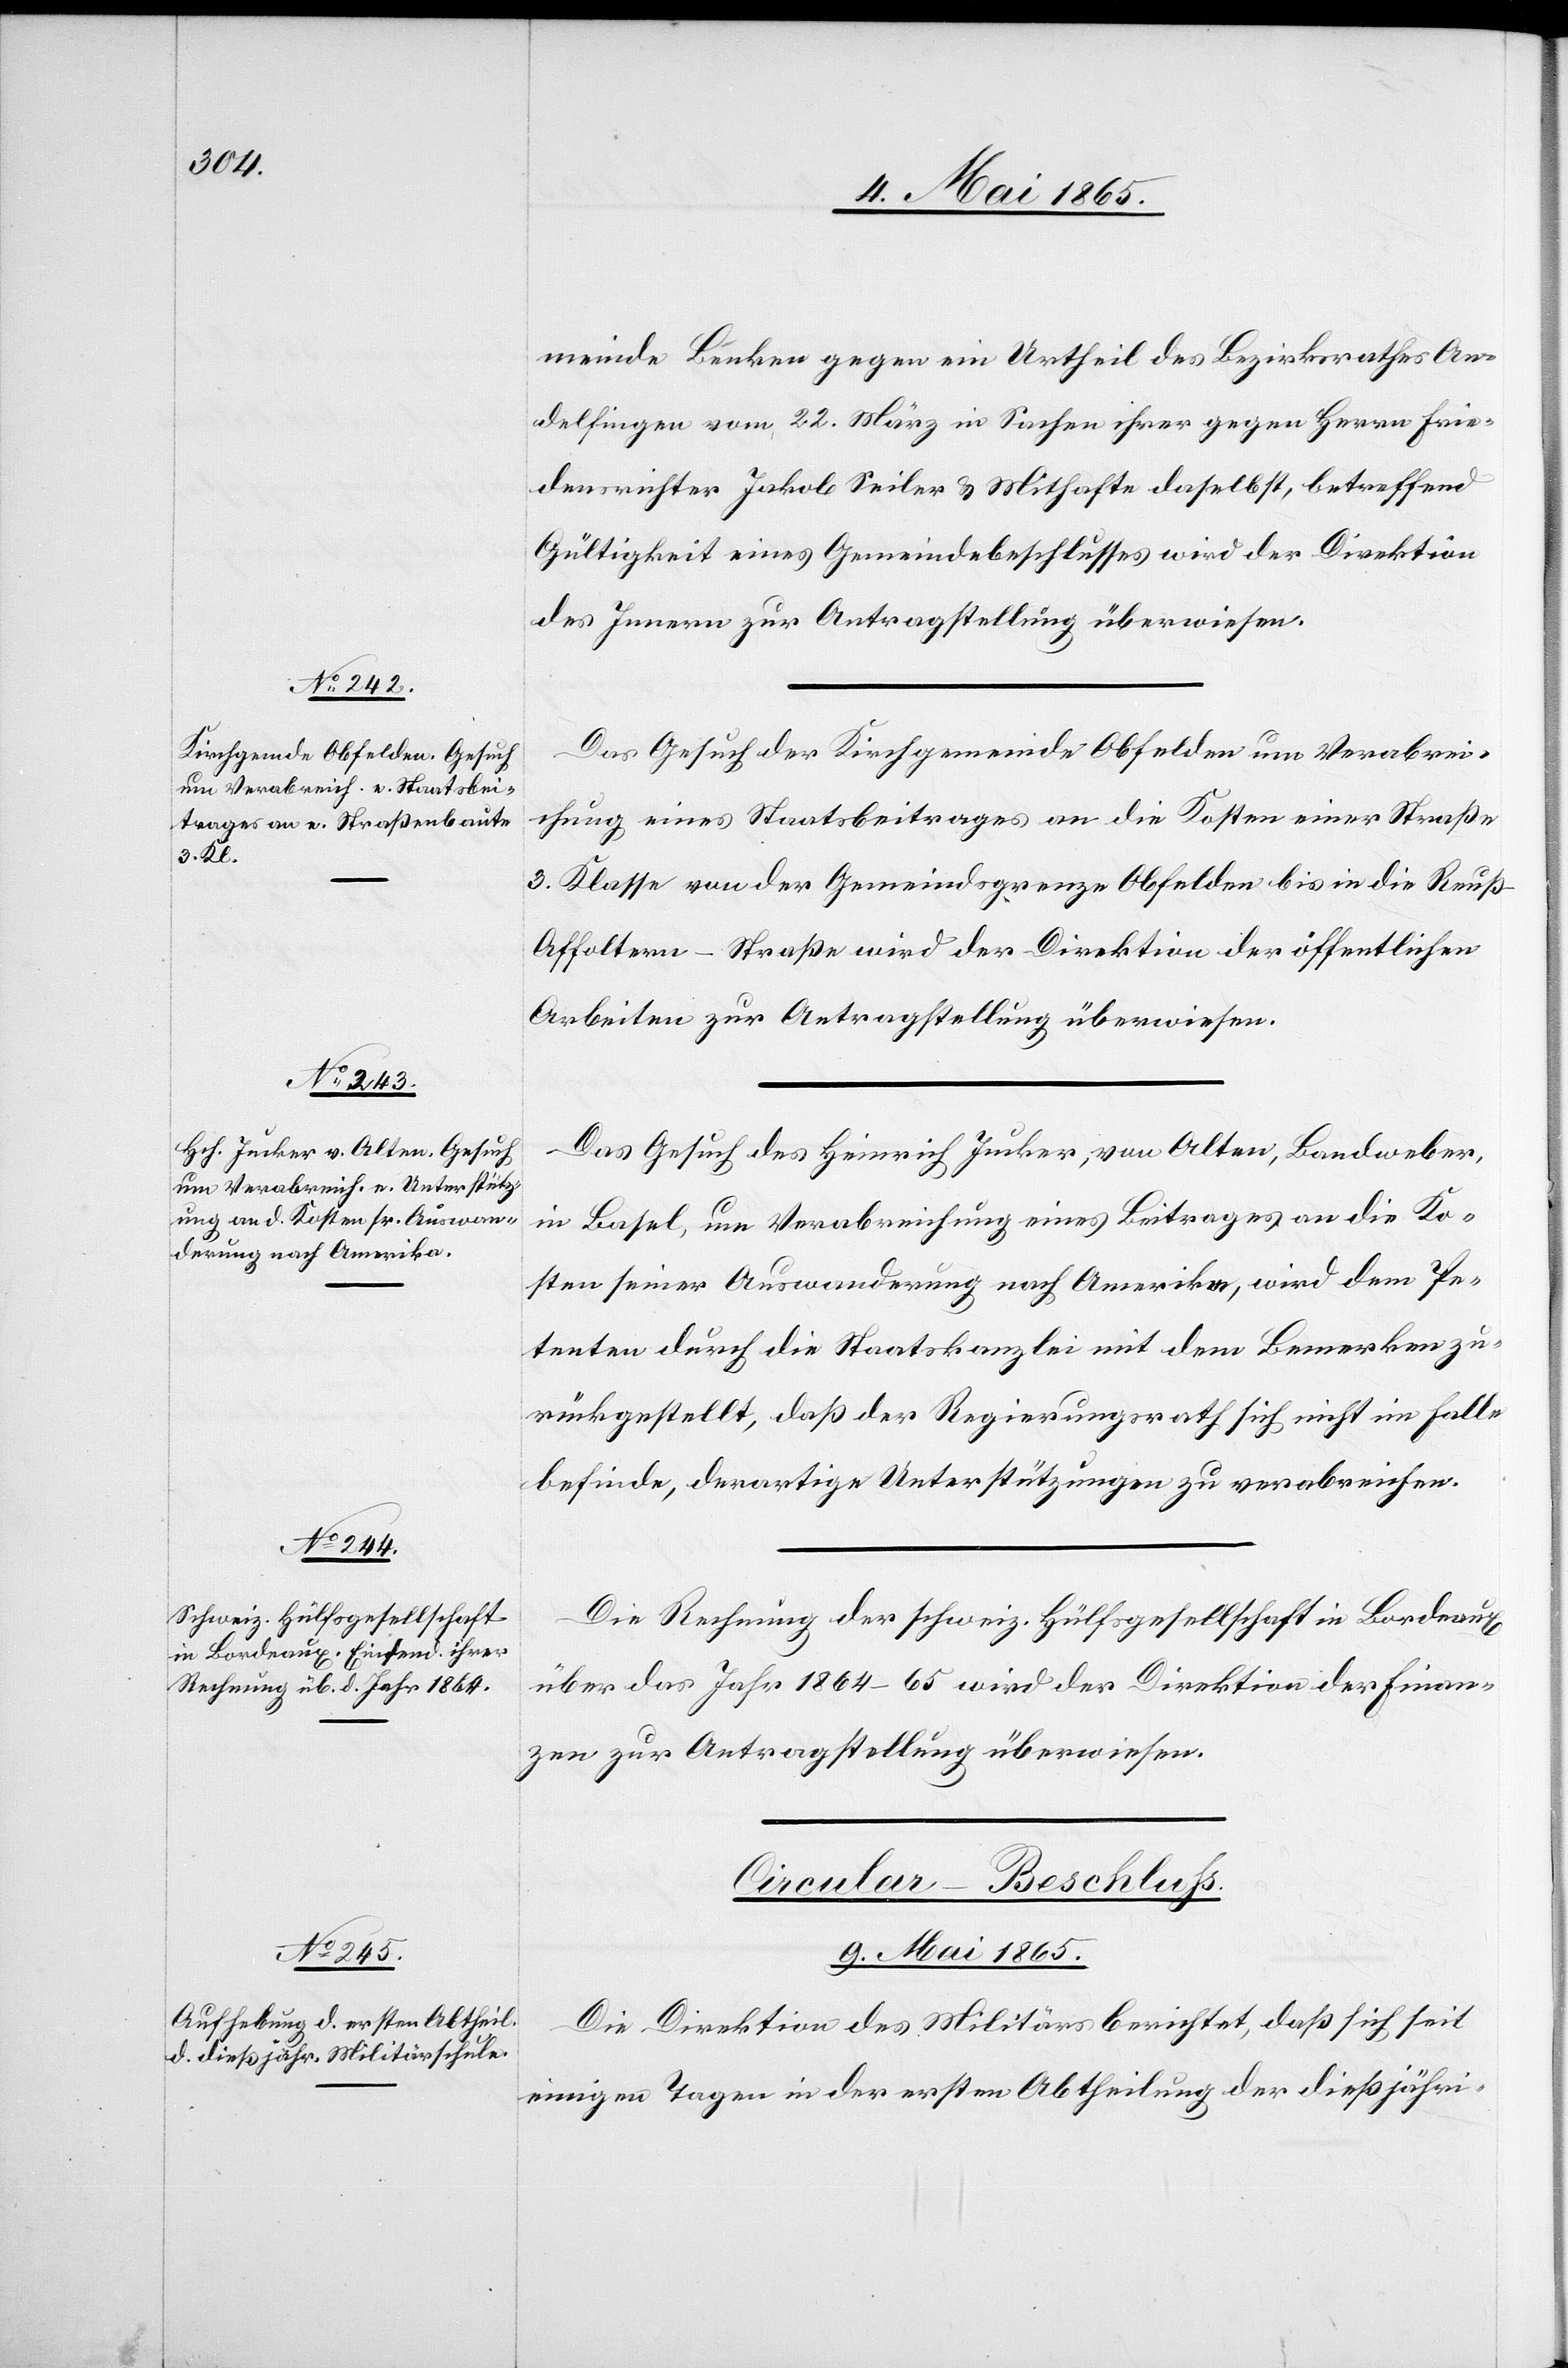
9. Mai 1865.]
meinde Benken gegen ein Urtheil des Bezirksrathes An¬
delfingen vom 22. März in Sachen ihrer gegen Herrn Frie¬
densrichter Jakob Seiler & Mithafte daselbst, betreffend
Gültigkeit eines Gemeindebeschlusses wird der Direktion
des Innern zur Antragstellung überwiesen.
Das Gesuch der Kirchgemeinde Obfelden um Verabrei¬
chung eines Staatsbeitrages an die Kosten einer Straße
3. Klasse von der Gemeindsgrenze Obfelden bis in die Reuß-A¬
ffoltern-Straße wird der Direktion der öffentlichen
Arbeiten zur Antragstellung überwiesen.
Das Gesuch des Heinrich Jucker, von Alten, Bandweber,
in Basel, um Verabreichung eines Beitrages an die Ko¬
sten seiner Auswanderung nach Amerika, wird dem Pe¬
tenten durch die Staatskanzlei mit dem Bemerken zu¬
rückgestellt, daß der Regierungsrath sich nicht im Falle
befinde, derartige Unterstützungen zu verabreichen.
Die Rechnung der schweiz. Hülfsgesellschaft in Bordeaux
über das Jahr 1864–65 wird der Direktion der Finan¬
zen zur Antragstellung überwiesen.
Circular-Beschluss.
[9. Mai 1865.]
Die Direktion des Militärs berichtet, daß sich seit
einigen Tagen in der ersten Abtheilung der dießjähri-